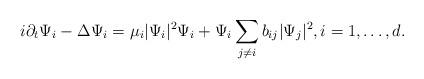
LaTeX: \begin{align*}i\partial_t \Psi_i-\Delta \Psi_i= \mu_i|\Psi_i|^2\Psi_i+ \Psi_i \sum_{j\neq i} b_{ij} |\Psi_j|^2,i=1,\dots, d.\end{align*}